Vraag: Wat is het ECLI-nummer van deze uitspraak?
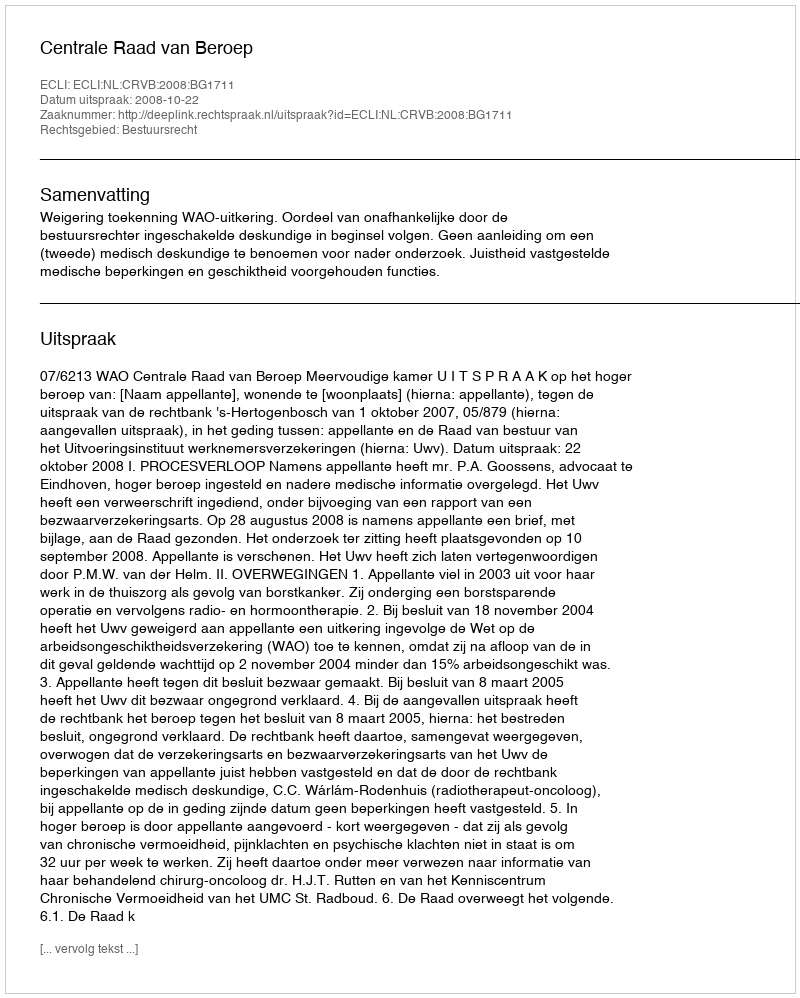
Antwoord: ECLI:NL:CRVB:2008:BG1711